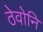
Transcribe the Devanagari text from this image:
ठेवोनि